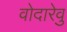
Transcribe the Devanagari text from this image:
वोदारेवु